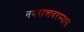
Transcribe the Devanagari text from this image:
नवरात्रादरम्यान